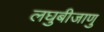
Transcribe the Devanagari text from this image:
लघुबीजाणु